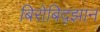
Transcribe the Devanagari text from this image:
बिरोबिद्झान